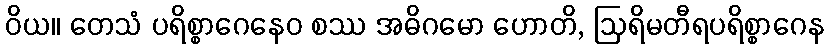
ဝိယ။ တေသံ ပရိစ္စာဂေနေဝ စဿ အဓိဂမော ဟောတိ, ဩရိမတီရပရိစ္စာဂေန